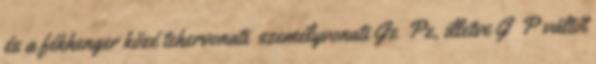
és a fékhenger közé tehervonati személyvonati Gz Pz, illetve G P váltót